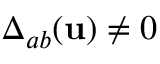
\Delta _ { a b } ( { \mathbf { u } } ) \neq 0